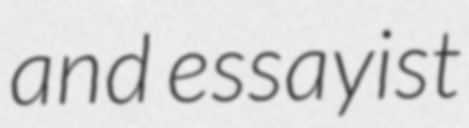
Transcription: and essayist